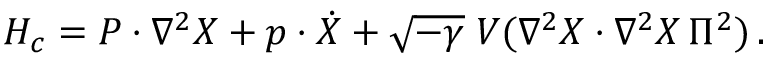
{ \cal H } _ { c } = P \cdot \nabla ^ { 2 } X + p \cdot \dot { X } + \sqrt { - \gamma } \; V ( \nabla ^ { 2 } X \cdot \nabla ^ { 2 } X \, \Pi ^ { 2 } ) \, .